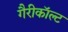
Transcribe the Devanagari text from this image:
गैरीकॉल्ट